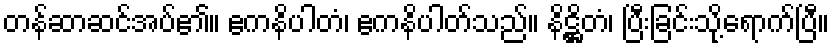
တန်ဆာဆင်အပ်၏။ ဧကနိပါတံ၊ ဧကနိပါတ်သည်။ နိဋ္ဌိတံ၊ ပြီးခြင်းသို့ရောက်ပြီ။